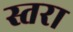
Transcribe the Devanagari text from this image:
स्तरा